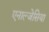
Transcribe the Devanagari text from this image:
एनाल्जेसिया